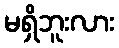
မရှိဘူးလား